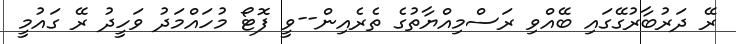
ރޭ ދަރުބާރުގޭގައި ބޭއްވި ރަސްމިއްޔާތުގެ ތެރެއިން--ވީ ފޮޓޯ މުހައްމަދު ވަހީދު ރޭ ގައުމީ